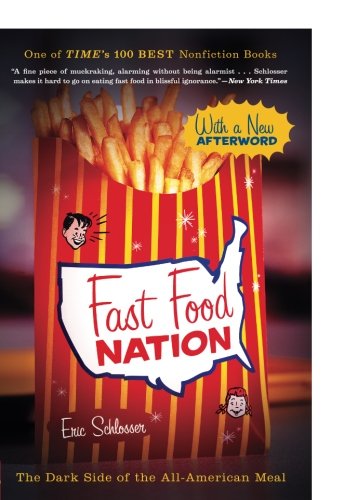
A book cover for Fast Food Nation: The Dark Side of the All-American Meal; Eric Schlosser; Humor & Entertainment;